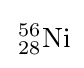
\,{}_{28}^{56}\mathrm {Ni}